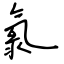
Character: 氯